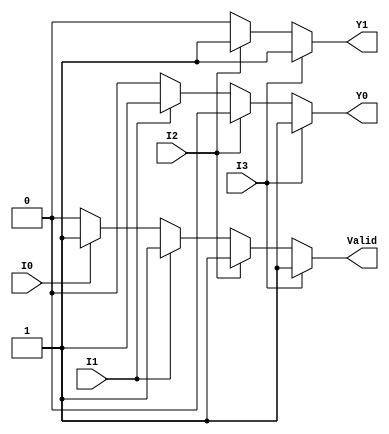
module priority_encoder_4to2 (
    input wire I0,   // Input 0
    input wire I1,   // Input 1
    input wire I2,   // Input 2
    input wire I3,   // Input 3
    output reg Y1,   // Output bit 1
    output reg Y0,   // Output bit 0
    output reg Valid // Valid output
);

always @(*) begin
    // Default output values
    Y1 = 1'b0;
    Y0 = 1'b0;
    Valid = 1'b0;

    // Checking inputs for priority encoding
    if (I3) begin
        Y1 = 1'b1; // Y1 = 1
        Y0 = 1'b1; // Y0 = 1
        Valid = 1'b1;
    end else if (I2) begin
        Y1 = 1'b1; // Y1 = 1
        Y0 = 1'b0; // Y0 = 0
        Valid = 1'b1;
    end else if (I1) begin
        Y1 = 1'b0; // Y1 = 0
        Y0 = 1'b1; // Y0 = 1
        Valid = 1'b1;
    end else if (I0) begin
        Y1 = 1'b0; // Y1 = 0
        Y0 = 1'b0; // Y0 = 0
        Valid = 1'b1;
    end else begin
        // If no inputs are active, Valid stays 0 and outputs remain at defaults
        Valid = 1'b0;
    end
end

endmodule